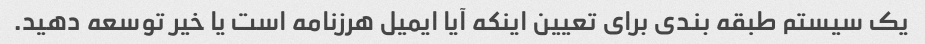
یک سیستم طبقه بندی برای تعیین اینکه آیا ایمیل هرزنامه است یا خیر توسعه دهید.